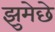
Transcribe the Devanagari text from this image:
झुमेछे